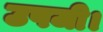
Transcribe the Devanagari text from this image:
उपजी।